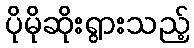
ပိုမိုဆိုးရွားသည့်